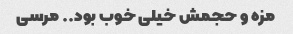
مزه و حجمش خیلی خوب بود.. مرسی